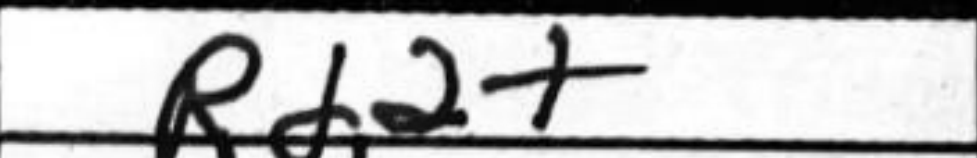
Transcription: Rd2+